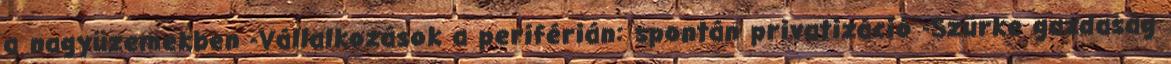
a nagyüzemekben -Vállalkozások a periférián: spontán privatizáció -Szürke gazdaság